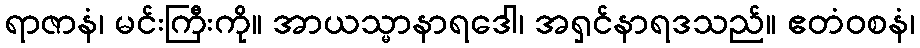
ရာဇာနံ၊ မင်းကြီးကို။ အာယသ္မာနာရဒေါ၊ အရှင်နာရဒသည်။ ဧတံဝစနံ၊